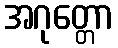
အဂုတ္တော